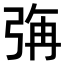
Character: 𭚳